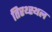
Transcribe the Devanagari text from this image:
तिरथ्स्थल